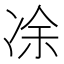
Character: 凃